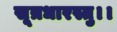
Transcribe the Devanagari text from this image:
सूत्रधारस्तु।।